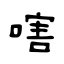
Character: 嗐